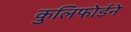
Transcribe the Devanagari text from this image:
कुलिफोर्डने